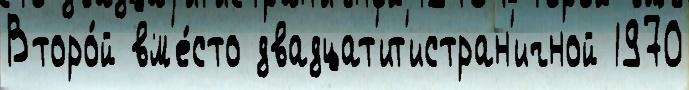
Второ́й вм'е́сто двадцат'ит'истран'ичной 1970